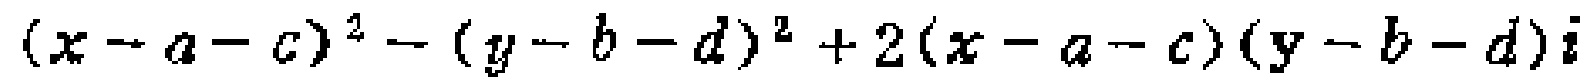
\((x - a - c)^2 - (y - b - d)^2 + 2(x - a - c)(y - b - d)i\)